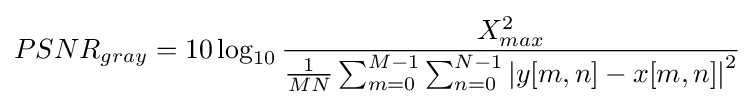
PSNR_{gray}=10\log _{10}{\frac {X_{max}^{2}}{{\frac {1}{MN}}\sum _{m=0}^{M-1}\sum _{n=0}^{N-1}\left|y[m,n]-x[m,n]\right|^{2}}}